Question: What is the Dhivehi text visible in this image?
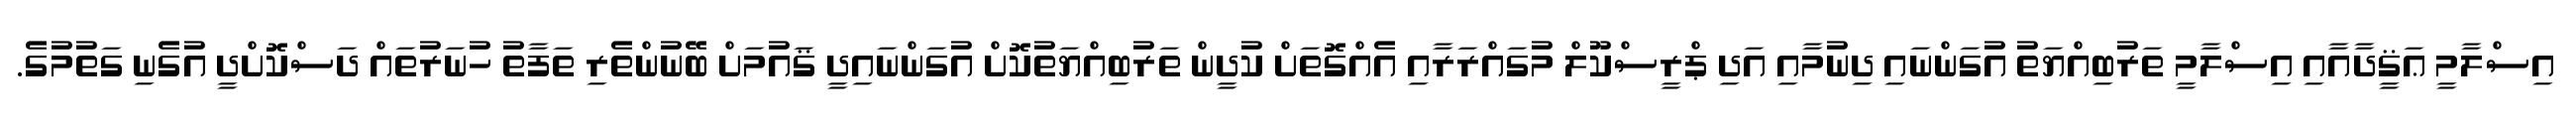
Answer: އިސްލާމީ ޢަޤީދާއާއި އިސްލާމީ ތަރުބިއްޔަތު އުގަންނައި ދިނުމާއި އަދި ޕްރީސްކޫލް މުގައްރަރާއި އެއްގޮތަށް ކުދީން ތަރުބިއްޔަތުކޮށް އުގަންނައިދީ ޤައުމަށް ބޭނުންތެރި ތަފާތު ހުނަރުތައް ދަސްކޮށްދީ އުގެނި ގަތުމުގެ.